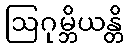
ဩဂုမ္ဘိယန္တိ